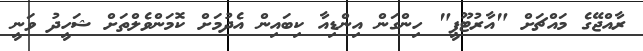
ރާއްޖޭގެ މައްޗަށް "އާރުޓޫޕީ" ހިންގަން އިންޑިއާ ކިބައިން އެދުމަށް ކޮމަންވެލްތަށް ޝަހީދު ވަނީ